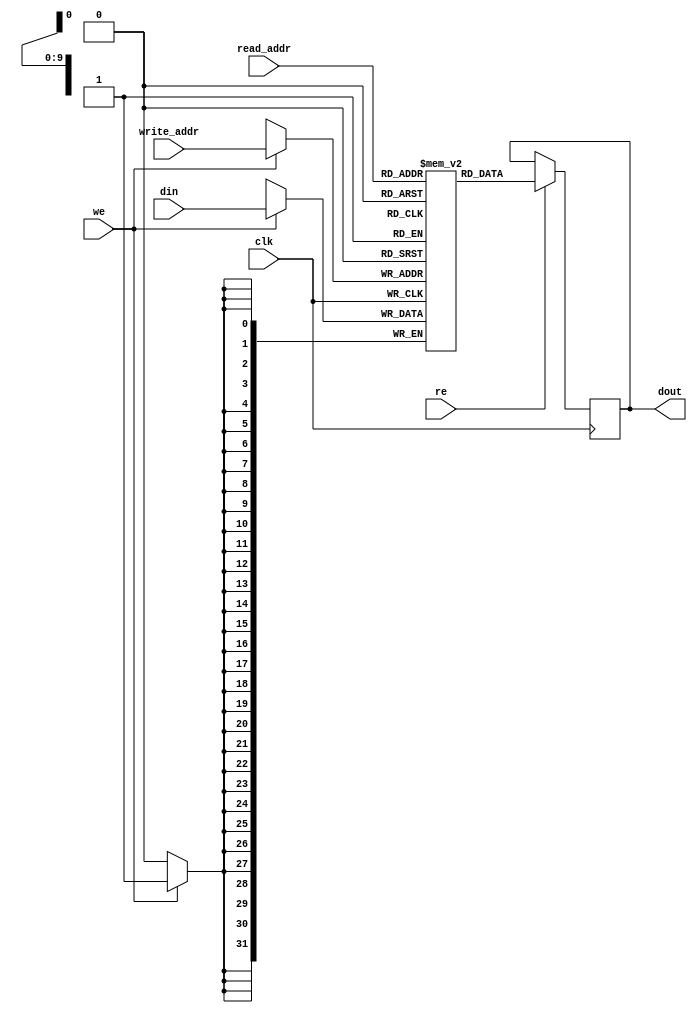
module ram_simple_dp_synch_rf_1024x32 (clk, we,re, read_addr, write_addr, din, dout);
    input clk, we, re;
    input [9:0] read_addr, write_addr;
    input [31:0] din;
    output reg [31:0] dout=0;
    
    reg [31:0] ram [1023:0];

    always @(posedge clk)
    begin
        if (we)
            ram[write_addr] <= din;
        if (re)
            dout <= ram[read_addr];
    end

endmodule